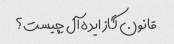
قانون گاز ایده آل چیست؟